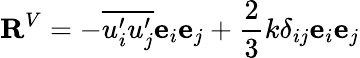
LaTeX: \mathbf{R}^{V}=-\overline{{u_{i}^{\prime}u_{j}^{\prime}}}\mathbf{e}_{i}\mathbf{e}_{j}+\frac{2}{3}k\delta_{ij}\mathbf{e}_{i}\mathbf{e}_{j}